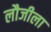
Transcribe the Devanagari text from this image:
लौजीला